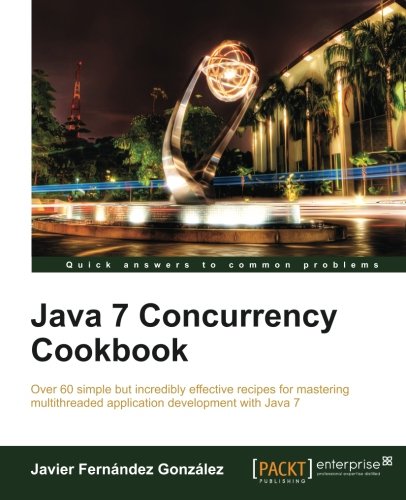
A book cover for Java 7 Concurrency Cookbook (Quick Answers to Common Problems); Fernandez Javier; Computers & Technology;